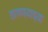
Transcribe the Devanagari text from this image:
तागण्याच्या